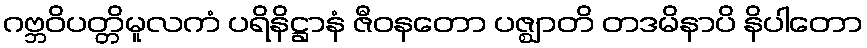
ဂဗ္ဘဝိပတ္တိမူလကံ ပရိနိဋ္ဌာနံ ဇီဝနတော ပဇ္ဈာတိ တဒမိနာပိ နိပါတော